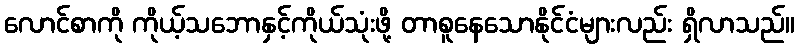
လောင်စာကို ကိုယ့်သဘောနှင့်ကိုယ်သုံးဖို့ တာစူနေသောနိုင်ငံများလည်း ရှိလာသည်။